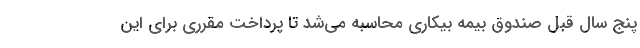
پنج سال قبل صندوق بیمه بیکاری محاسبه می‌شد تا پرداخت مقرری برای این